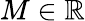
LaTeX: M\in\mathbb{R}